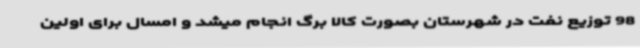
98 توزیع نفت در شهرستان بصورت کالا برگ انجام میشد و امسال برای اولین